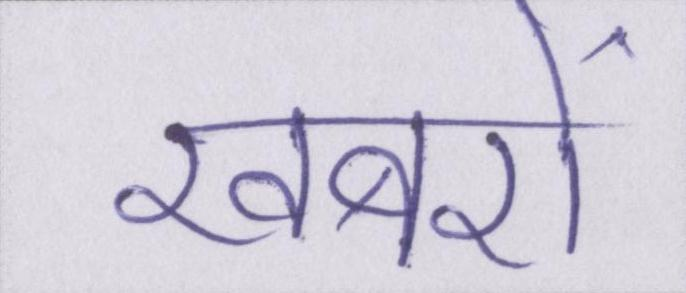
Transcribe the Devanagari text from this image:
खबरों